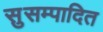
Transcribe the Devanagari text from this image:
सुसम्पादित